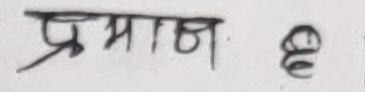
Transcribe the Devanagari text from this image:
प्रमाण ६